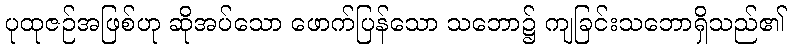
ပုထုဇဉ်အဖြစ်ဟု ဆိုအပ်သော ဖောက်ပြန်သော သဘော၌ ကျခြင်းသဘောရှိသည်၏